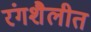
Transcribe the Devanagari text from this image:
रंगशैलीत